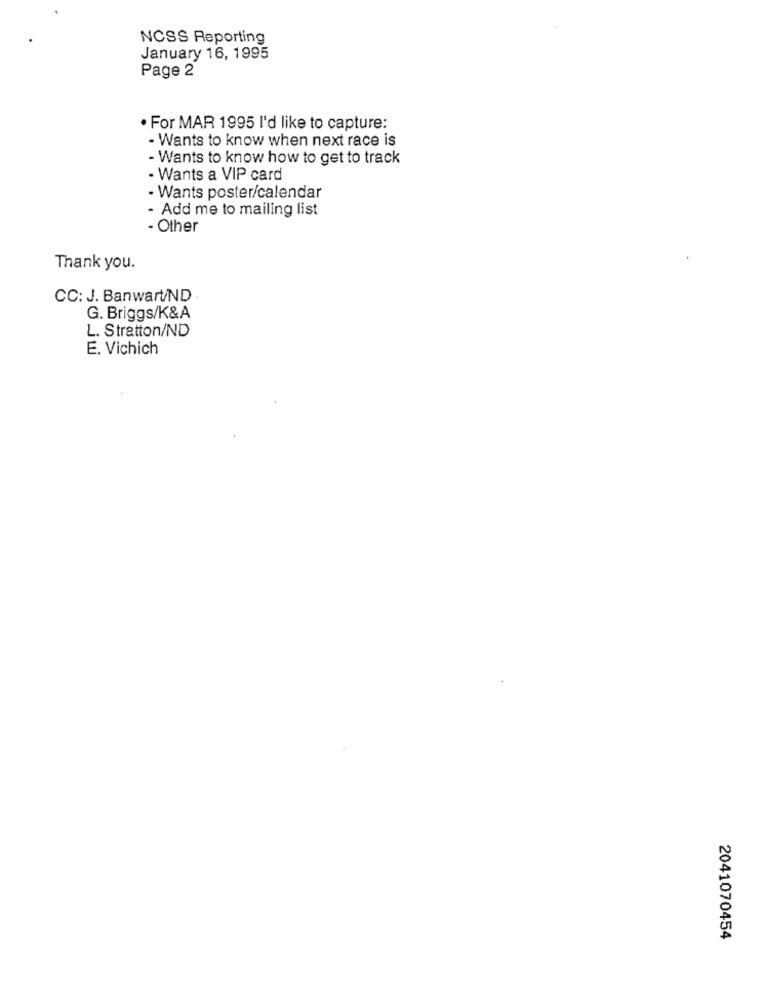
NCSS Reporting
January 16, 1995
Page 2
· For MAR 1995 I'd like to capture:
- Wants to know when next race is
- Wants to know how to get to track
- Wants a VIP card
- Wants poster/calendar
- Add me to mailing list
- Other
Thank you.
CC: J. Banwart/ND .
G. Briggs/K&A
L. Stratton/ND
E. Vichich
2041070454